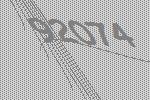
92074